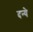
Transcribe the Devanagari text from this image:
दन्ये